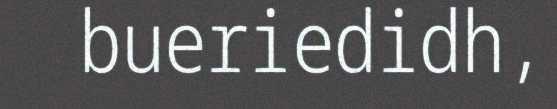
bueriedidh,